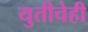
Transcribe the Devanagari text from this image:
युतीचेही